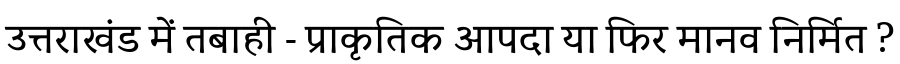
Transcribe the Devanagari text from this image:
उत्तराखंड में तबाही - प्राकृतिक आपदा या फिर मानव निर्मित ?